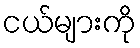
ငယ်များကို